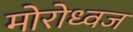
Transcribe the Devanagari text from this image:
मोरोध्‍वज